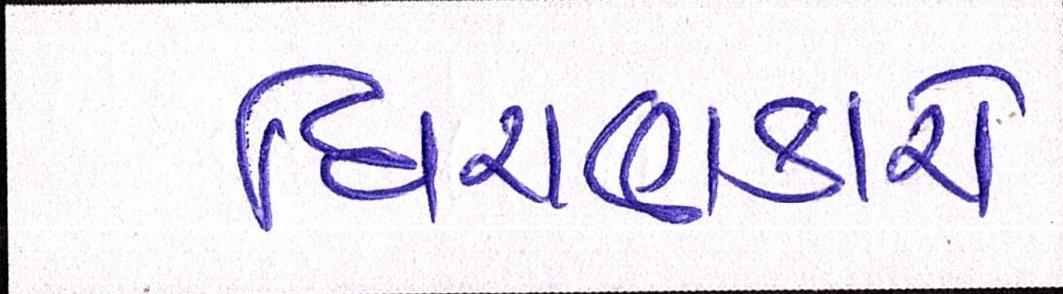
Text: ધિરાણકારો